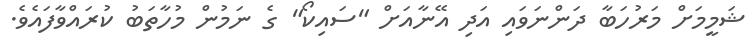
ޝަމީމަށް މަރުހަބާ ދަންނަވައި އަދި އޭނާއަށް "ސައިކޯ" ގެ ނަމުން މުހާތަބު ކުރައްވާފައެވެ.